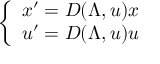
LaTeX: \left\{ \begin{array} { l } { { x ^ { \prime } = D ( \Lambda , u ) x } } \\ { { u ^ { \prime } = D ( \Lambda , u ) u } } \end{array} \right.